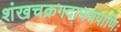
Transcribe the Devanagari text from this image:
शंखचक्रगदापद्मपाणिः